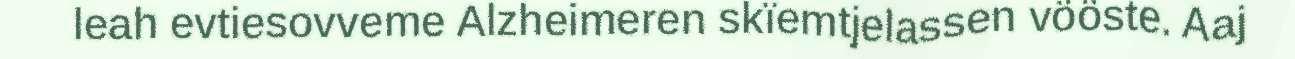
leah evtiesovveme Alzheimeren skïemtjelassen vööste. Aaj